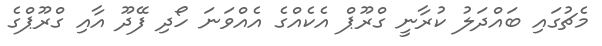
މެޗުގައި ބައްދަލު ކުރާނީ ގްރޫޕް އެކެއްގެ އެއްވަނަ ހޯދި ފޭދޫ އާއި ގްރޫޕްގެ